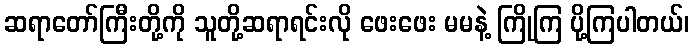
ဆရာတော်ကြီးတို့ကို သူတို့ဆရာရင်းလို ဖေးဖေး မမနဲ့ ကြိုကြ ပို့ကြပါတယ်၊